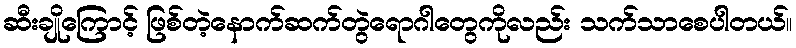
ဆီးချိုကြောင့် ဖြစ်တဲ့နောက်ဆက်တွဲရောဂါတွေကိုလည်း သက်သာစေပါတယ်။